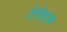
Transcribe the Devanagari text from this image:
टेलेग्राफ़